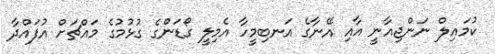
ކުމައިލް ނަންޖިއާނީ އާއި އޭނާގެ އަނބިމީހާ އެމިލީ ގޯޑަންގެ ގުޅުމުގެ މައްޗަށް އުފައްދާ